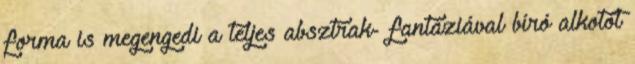
forma is megengedi a teljes absztrak- fantáziával bíró alkotót